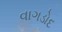
વાગડોદ